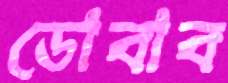
ডোবাব